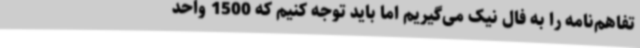
تفاهم‌نامه را به فال نیک می‌گیریم اما باید توجه کنیم که 1500 واحد